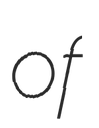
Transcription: of